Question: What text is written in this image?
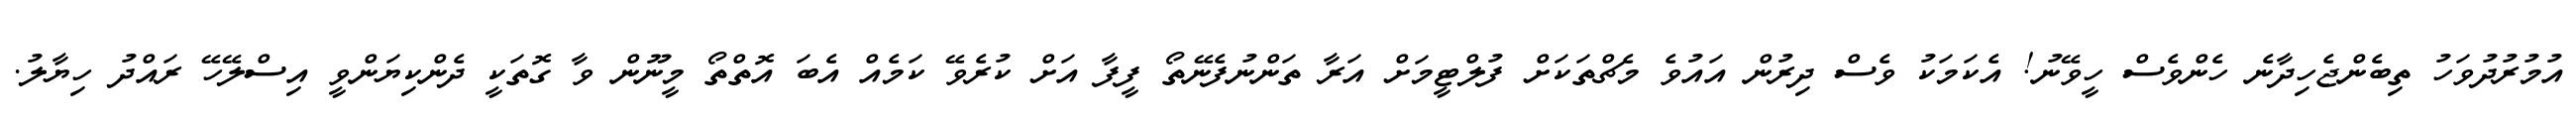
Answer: އުމުރުދުވަހު ތިބެންޖެހިދާނެ ހެންވެސް ހީވޭނު! އެކަމަކު ވެސް ދިރުން އައުވެ މެޗްތަކަށް ފުލްޓީމަށް އަރާ ތަންނުފެނޭތޯ ފީފާ އަށް ކުރެވޭ ކަމެއް އެބަ އޮތްތޯ މީނޫން ވާ ގޮތަކީ ދެންކިޔަންވީ އިސްލޭހޭ ރައްދު ހިޔާލު.